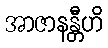
အာဇာနန္တီဟိ